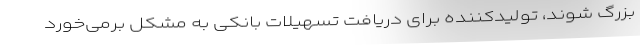
بزرگ شوند، تولیدکننده برای دریافت تسهیلات بانکی به مشکل برمی‌خورد